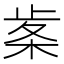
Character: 𭪠